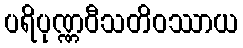
ပရိပုဏ္ဏဝီသတိဝဿာယ